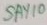
Text: SAY10